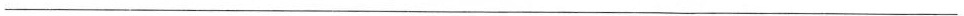
___